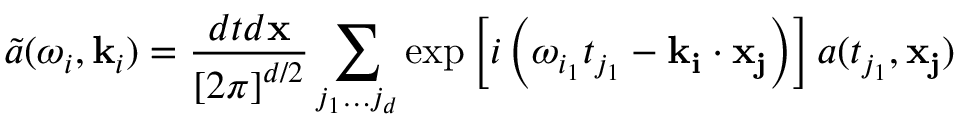
\tilde { a } ( \omega _ { i } , \mathbf { k } _ { i } ) = \frac { d t d \mathbf { x } } { \left[ 2 \pi \right] ^ { d / 2 } } \sum _ { j _ { 1 } \ldots j _ { d } } \exp \left[ i \left( \omega _ { i _ { 1 } } t _ { j _ { 1 } } - \mathbf { k } _ { \mathbf { i } } \cdot \mathbf { x } _ { \mathbf { j } } \right) \right] a ( t _ { j _ { 1 } } , \mathbf { x } _ { \mathbf { j } } )